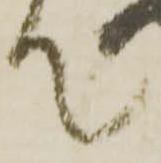
て